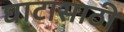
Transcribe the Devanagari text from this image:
घाटासाठी